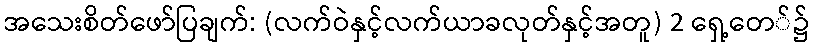
အသေးစိတ်ဖော်ပြချက်: (လက်ဝဲနှင့်လက်ယာခလုတ်နှင့်အတူ) 2 ရှေ့တေ်၌